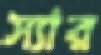
স্যার